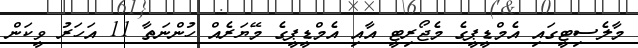
މާލެސިޓީގައި އެމްޑީޕީގެ މެޖޯރިޓީ އާއި އެމްޑީޕީގެ މޭޔަރެއް ހުންނަތާ 11 އަހަރު ވީކަން